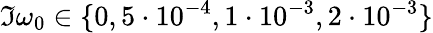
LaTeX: \Im{\omega_{0}}\in\{ 0,5\cdot 10^{-4},1\cdot 10^{-3},2\cdot 10^{-3}\}